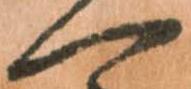
一